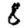
Digit: 8